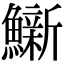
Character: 𫚀